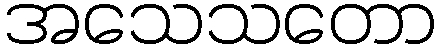
အသေသတော